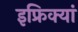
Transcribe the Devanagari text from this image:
इफ्रिक्यां